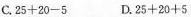
C.$$2 5 + 2 0 - 5$$ D.$$2 5 + 2 0 + 5$$